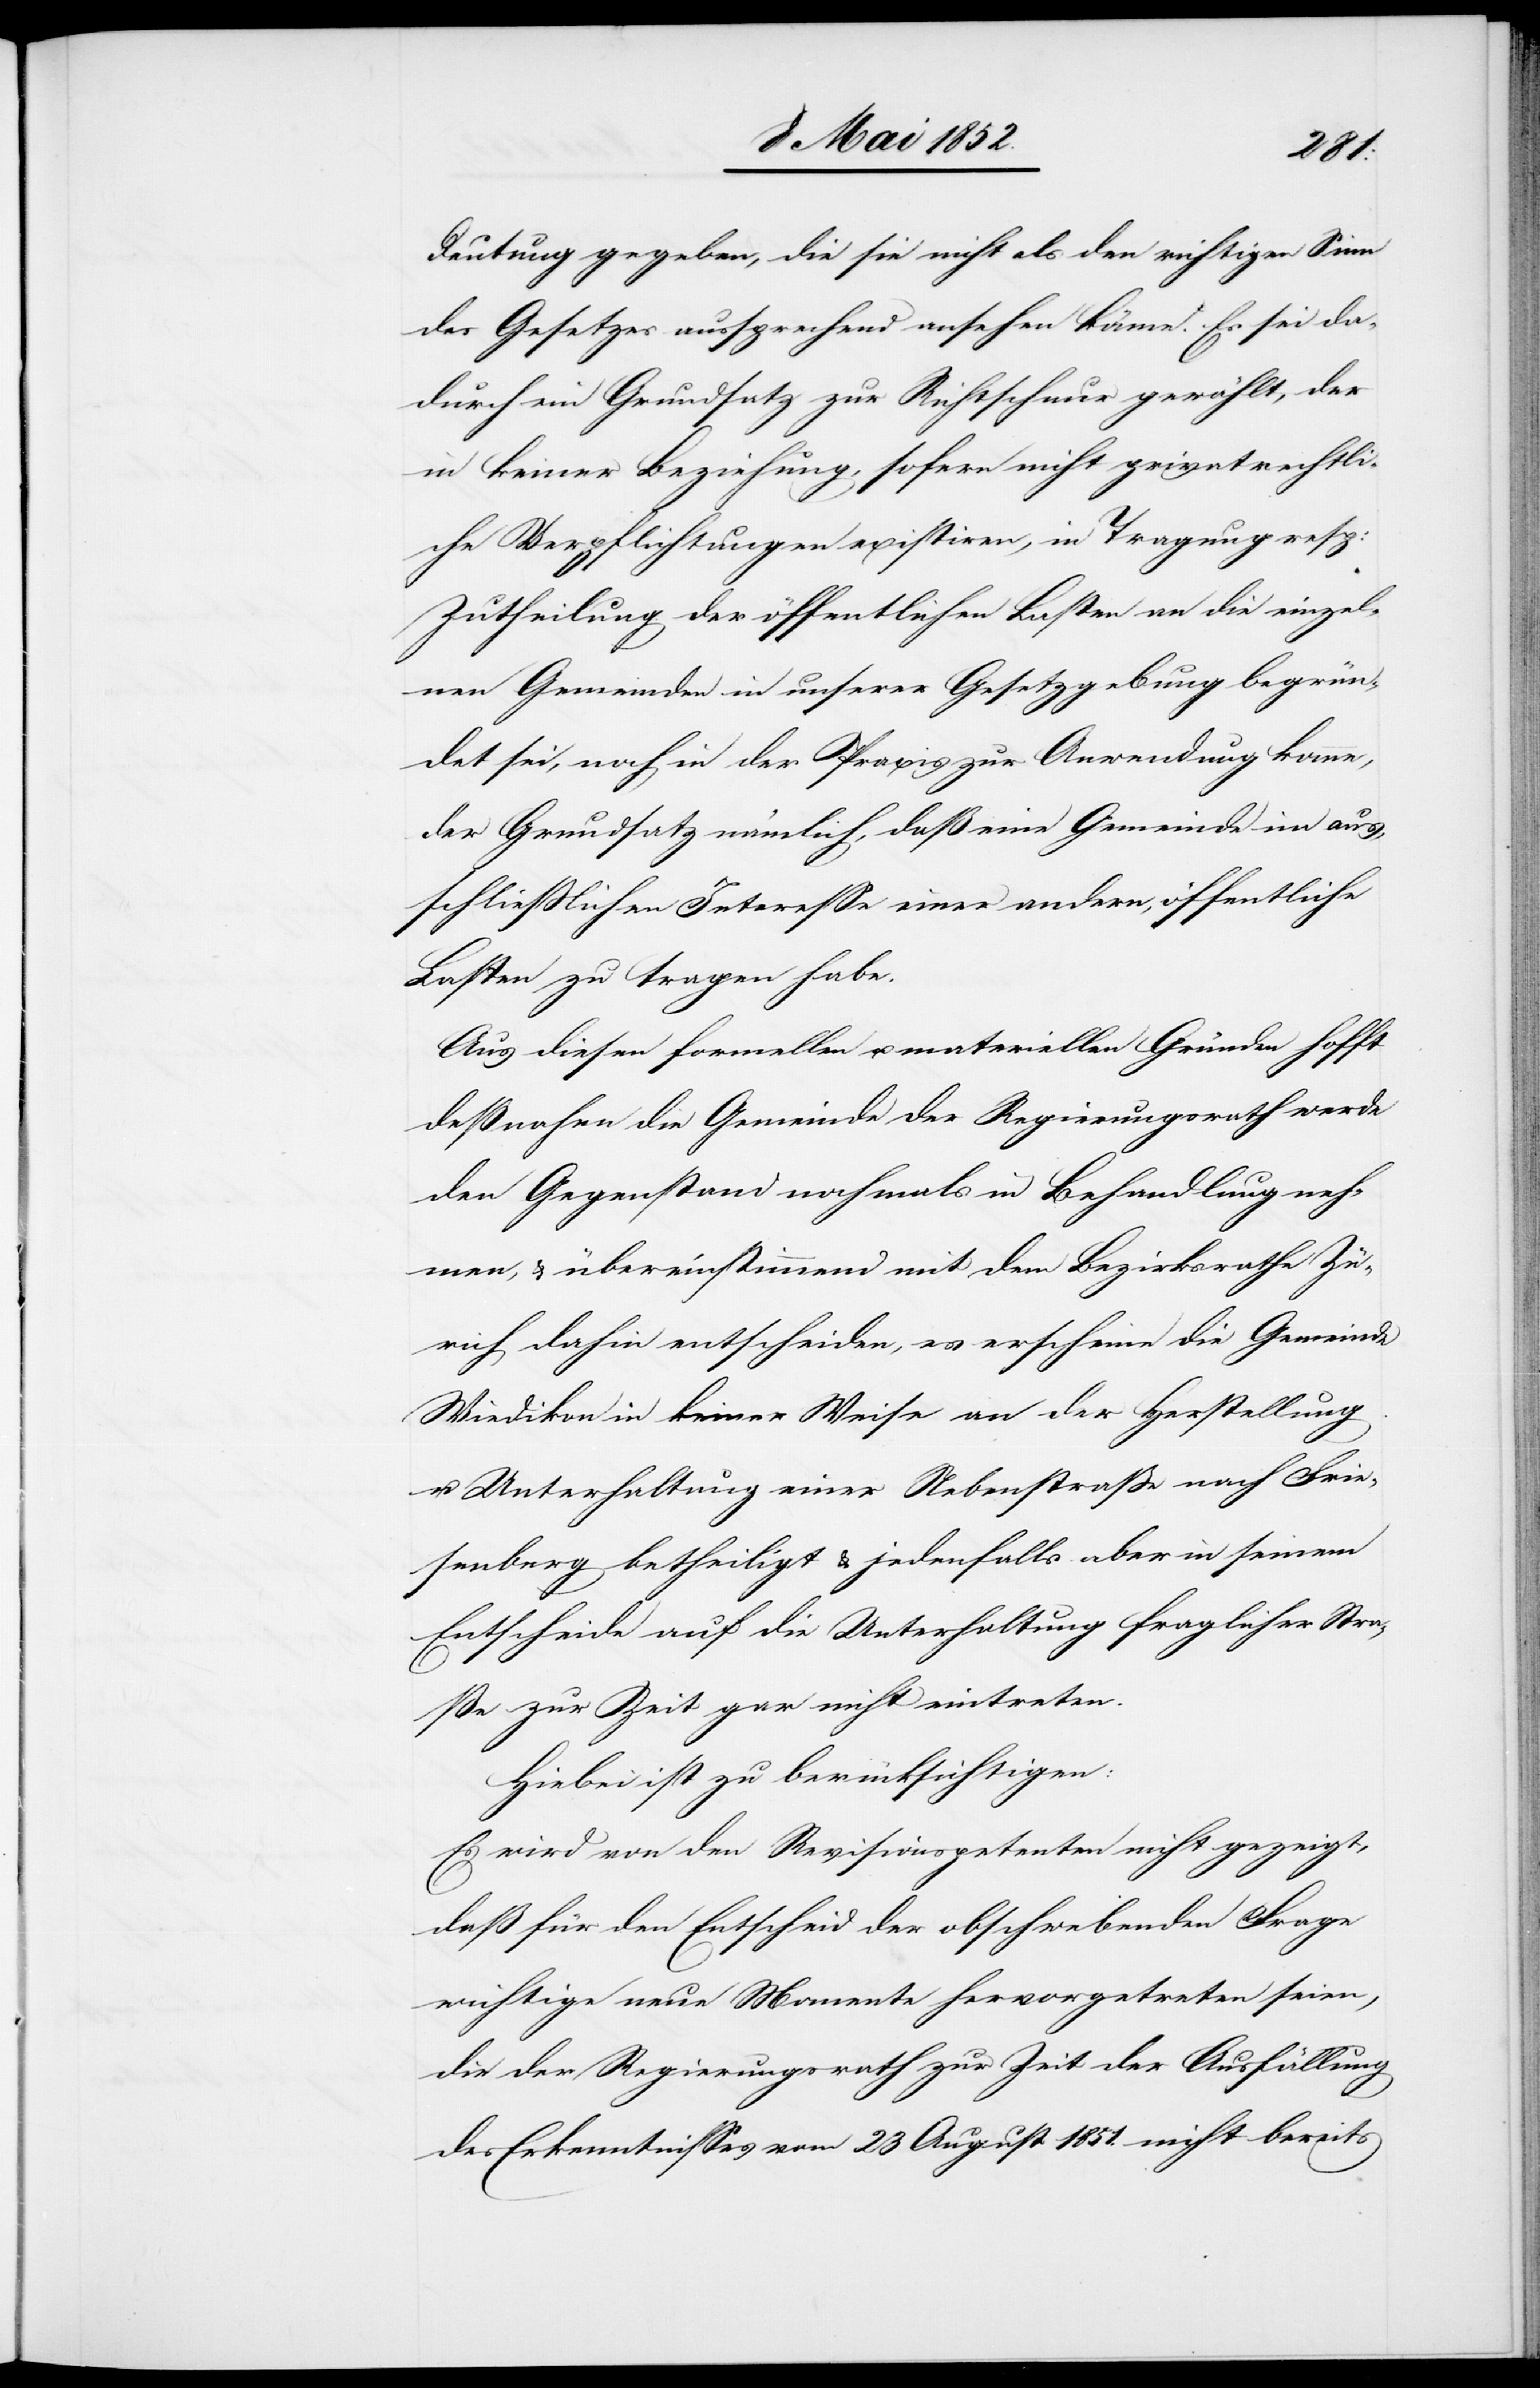
Deutung gegeben, die sie nicht als den richtigen Sinn
des Gesetzes aussprechend ansehen könne. Es sei da¬
durch ein Grundsatz zur Richtschnur gewählt, der
in keiner Beziehung, sofern nicht privatrechtli¬
che Verpflichtungen existiren, in Tragung resp:
Zutheilung der öffentlichen Lasten an die einzel¬
nen Gemeinden in unserer Gesetzgebung begrün¬
det sei, noch in der Praxis zur Anwendung komme,
der Grundsatz nämlich, daß eine Gemeinde im aus¬
schliesslichen Interesse einer andern, öffentliche
Lasten zu tragen habe.
Aus diesen formellen u. materiellen Gründen hofft
deßnahen die Gemeinde der Regierungsrath werde
den Gegenstand nochmals in Behandlung neh¬
men, & übereinstimmend mit dem Bezirksrathe Zü¬
rich dahin entscheiden, es erscheine die Gemeinde
Wiedikon in keiner Weise an der Herstellung
u. Unterhaltung einer Nebenstrasse nach Frie¬
senberg betheiligt & jedenfalls aber in seinem
Entscheide auf die Unterhaltung fraglicher Stra¬
ße zur Zeit gar nicht eintreten.
Hiebei ist zu berücksichtigen:
Es wird von den Revisionspetenten nicht gezeigt,
daß für den Entscheid der obschwebenden Frage
wichtige neue Momente hervorgetreten seien,
die der Regierungsrath zur Zeit der Ausfällung
des Erkenntnisses vom 23 August 1851. nicht bereits